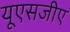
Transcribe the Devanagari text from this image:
यूएसजीए